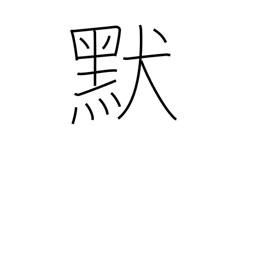
Meaning: silent